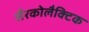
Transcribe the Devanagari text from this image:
सैरकोलैक्टिक